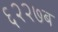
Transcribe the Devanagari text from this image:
६२२७ब